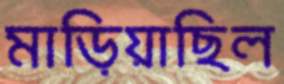
মাড়িয়াছিল